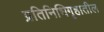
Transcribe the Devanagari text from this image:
प्रतिनिधिगॄहातील